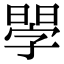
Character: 𣉬